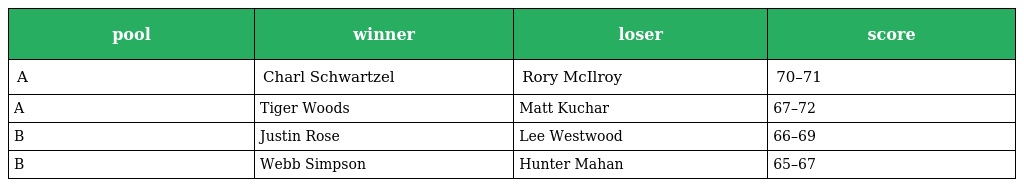
| pool | winner | loser | score |
 | --- | --- | --- | --- |
 | A | Charl Schwartzel | Rory McIlroy | 70–71 |
 | A | Tiger Woods | Matt Kuchar | 67–72 |
 | B | Justin Rose | Lee Westwood | 66–69 |
 | B | Webb Simpson | Hunter Mahan | 65–67 |